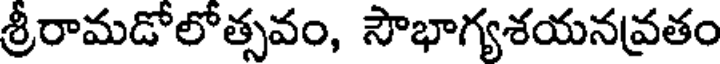
శ్రీరామడోలోత్సవం, సౌభాగ్యశయనవ్రతం